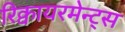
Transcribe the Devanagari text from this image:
रिक्वायरमेन्ट्स